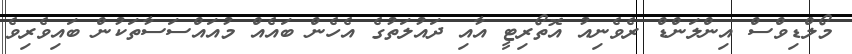
މޯލްޑިވްސް އިންލަންޑް ރެވެނިއު އޮތޯރިޓީ އާއި ދައުލަތުގެ އެހެން ބައެއް މުއައްސަސާތަކުން ބައިވެރިވެ